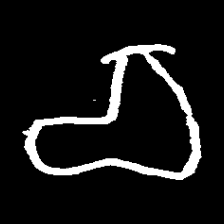
Pyu character \u2014 Myanmar letter: စ (romanized: ca)